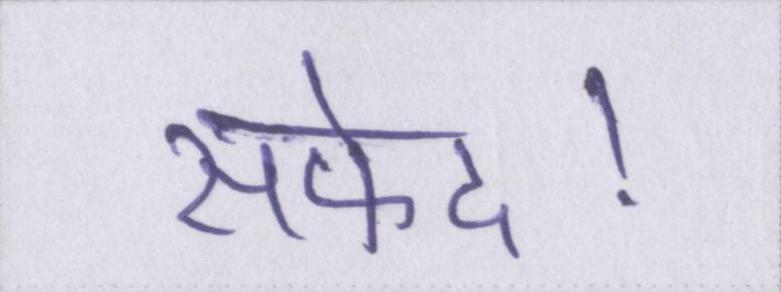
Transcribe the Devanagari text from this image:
सफेद।